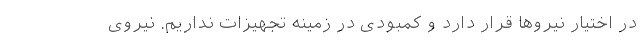
در اختیار نیروها قرار دارد و کمبودی در زمینه تجهیزات نداریم. نیروی